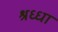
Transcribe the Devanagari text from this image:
श्रध्धा